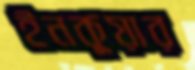
ইনকুয়ার